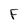
Character: F